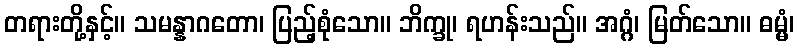
တရားတို့နှင့်။ သမန္နာဂတော၊ ပြည့်စုံသော။ ဘိက္ခု၊ ရဟန်းသည်။ အဂ္ဂံ၊ မြတ်သော။ ဓမ္မံ၊